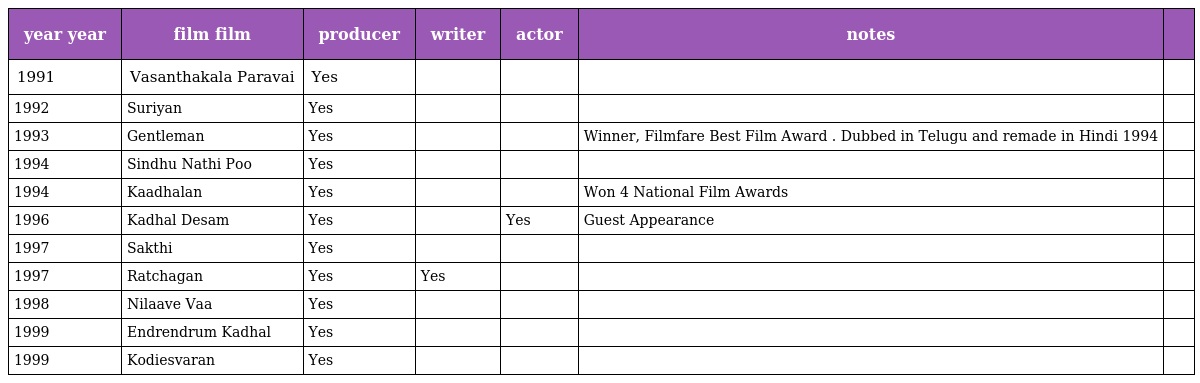
| year year | film film | producer | writer | actor | notes |  |
 | --- | --- | --- | --- | --- | --- | --- |
 | 1991 | Vasanthakala Paravai | Yes |  |  |  |  |
 | 1992 | Suriyan | Yes |  |  |  |  |
 | 1993 | Gentleman | Yes |  |  | Winner, Filmfare Best Film Award . Dubbed in Telugu and remade in Hindi 1994 |  |
 | 1994 | Sindhu Nathi Poo | Yes |  |  |  |  |
 | 1994 | Kaadhalan | Yes |  |  | Won 4 National Film Awards |  |
 | 1996 | Kadhal Desam | Yes |  | Yes | Guest Appearance |  |
 | 1997 | Sakthi | Yes |  |  |  |  |
 | 1997 | Ratchagan | Yes | Yes |  |  |  |
 | 1998 | Nilaave Vaa | Yes |  |  |  |  |
 | 1999 | Endrendrum Kadhal | Yes |  |  |  |  |
 | 1999 | Kodiesvaran | Yes |  |  |  |  |